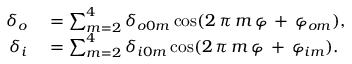
\begin{array} { r l } { \delta _ { o } } & { { } = \sum _ { m = 2 } ^ { 4 } { \delta _ { o 0 m } \cos ( 2 \, \pi \, m \, \varphi \, + \, \varphi _ { o m } ) } , } \\ { \delta _ { i } } & { { } = \sum _ { m = 2 } ^ { 4 } { \delta _ { i 0 m } \cos ( 2 \, \pi \, m \, \varphi \, + \, \varphi _ { i m } ) } . } \end{array}